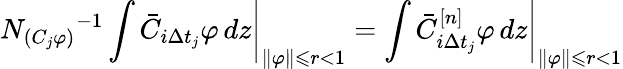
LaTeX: \left.{N_{(C_{j}\varphi)}}^{-1}\int\bar{C}_{i\Delta t_{j}}\varphi\mathop{}\! {d{z}}\right|_{\| \varphi\| \leqslant r<1}=\left.\int\bar{C}_{i\Delta t_{j}}^{[n]}\varphi\mathop{}\! {d{z}}\right|_{\| \varphi\| \leqslant r<1}